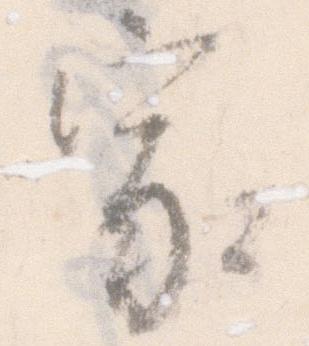
家